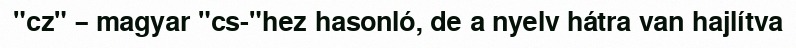
"cz" – magyar "cs-"hez hasonló, de a nyelv hátra van hajlítva